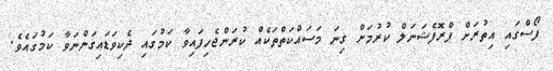
ފޯސްގައި އިތުރަށް ޕްރޮފެޝަނަލް ކުރުމަށް ގިނަ މަސައްކަތްތަކެއް ކުރަންޖެހިފައިވާ ކަމުގައި ދެކިވަޑައިގަންނަވާ ކަމުގައެވެ.